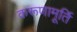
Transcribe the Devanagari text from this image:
करूणामूर्ति